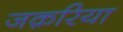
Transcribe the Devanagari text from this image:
जक़रिया